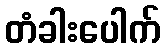
တံခါးပေါက်